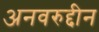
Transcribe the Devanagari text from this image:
अनवरुद्दीन